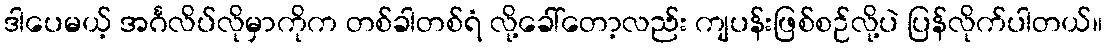
ဒါပေမယ့် အင်္ဂလိပ်လိုမှာကိုက တစ်ခါတစ်ရံ လို့ခေါ်တော့လည်း ကျပန်းဖြစ်စဉ်လို့ပဲ ပြန်လိုက်ပါတယ်။